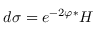
d \sigma = e ^ { - 2 \varphi } { ^ * } H